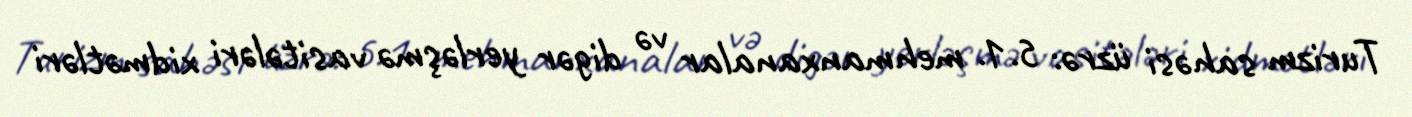
Turizm sahəsi üzrə: 5.1. mehmanxanalar və digər yerləşmə vasitələri xidmətləri